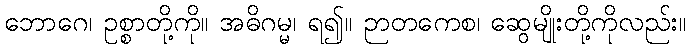
ဘောဂေ၊ ဥစ္စာတို့ကို။ အဓိဂမ္မ၊ ရ၍။ ဉာတကေစ၊ ဆွေမျိုးတို့ကိုလည်း။